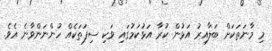
މި މާނަތަކަށް ބަލާއިރު އަޅުން ކުރާ އަޅުކަމުގައި ވަކި ސިފަތަކެއް ހުންނަންވާނެ އެވެ.